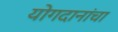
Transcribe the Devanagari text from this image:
योगदानांचा